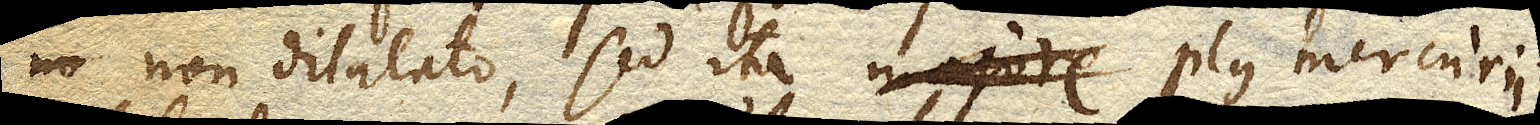
non dilatato, sed ita plus mercurii